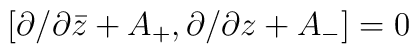
{}[\partial /\partial \bar{z}+A_+, \partial /\partial z+A_-]=0